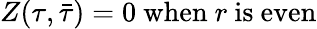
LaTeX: Z(\tau,\bar{\tau})=0~\mathrm{when}~r~\mathrm{is~even}